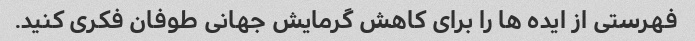
فهرستی از ایده ها را برای کاهش گرمایش جهانی طوفان فکری کنید.